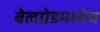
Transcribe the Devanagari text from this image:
बेलग्रेडमध्येच